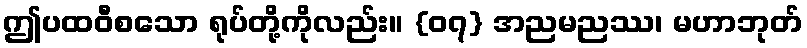
ဤပထဝီစသော ရုပ်တို့ကိုလည်း။ {၀၇} အညမညဿ၊ မဟာဘုတ်